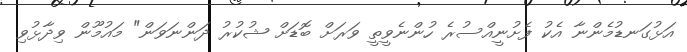
އަޅުގަނޑުމެންނާ އެކު ފެށުނީއްސުރެ ހުންނެވީތީ ވަރަށް ބޮޑަށް ޝުކުރު ދަންނަވަން" މައުމޫން ވިދާޅުވި